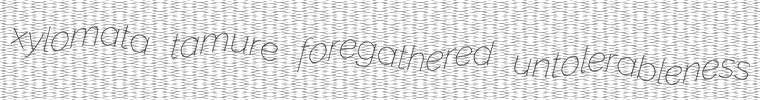
xylomata tamure foregathered untolerableness